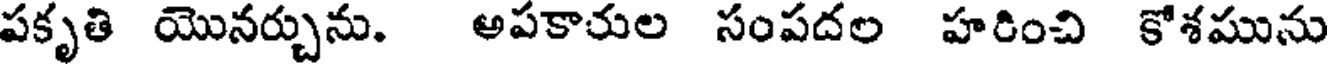
పకృతి యొనర్చును. అపకాచుల సంపదల హరించి కోశమును